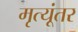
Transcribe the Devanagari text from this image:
मृत्यूंतर